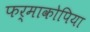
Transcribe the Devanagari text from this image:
फर्माकोपिया